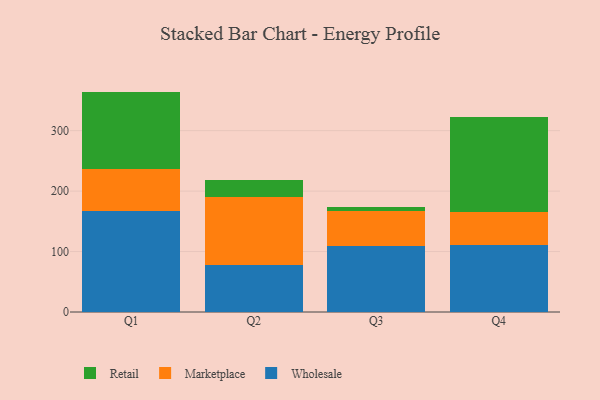
{"axis": {"x": "Quarter", "y": "Budget (USD K)"}, "legend": ["Marketplace", "Retail", "Wholesale"], "data": [{"x": "Q1", "y": 167.1, "type": "Wholesale"}, {"x": "Q1", "y": 69.7, "type": "Marketplace"}, {"x": "Q1", "y": 127.8, "type": "Retail"}, {"x": "Q2", "y": 77.7, "type": "Wholesale"}, {"x": "Q2", "y": 112.2, "type": "Marketplace"}, {"x": "Q2", "y": 28.4, "type": "Retail"}, {"x": "Q3", "y": 109.9, "type": "Wholesale"}, {"x": "Q3", "y": 57.4, "type": "Marketplace"}, {"x": "Q3", "y": 6.3, "type": "Retail"}, {"x": "Q4", "y": 111.3, "type": "Wholesale"}, {"x": "Q4", "y": 53.7, "type": "Marketplace"}, {"x": "Q4", "y": 157.8, "type": "Retail"}]}